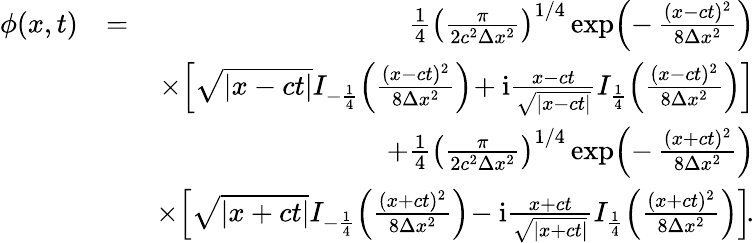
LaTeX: \begin{array}{rlr}{\phi(x,t)}&{=}&{\frac{1}{4}\left(\frac{\pi}{2c^{2}\Delta x^{2}}\right)^{1/4}\exp\! \left(-\, \frac{(x-ct)^{2}}{8\Delta x^{2}}\right)}\\ &{}&{\times\! \left[\sqrt{|x-ct|}I_{-\frac{1}{4}}\! \left(\frac{(x-ct)^{2}}{8\Delta x^{2}}\right)\! +\mathrm{i}\frac{x-ct}{\sqrt{|x-ct|}}I_{\frac{1}{4}}\! \left(\frac{(x-ct)^{2}}{8\Delta x^{2}}\right)\right]}\\ &{}&{+\frac{1}{4}\left(\frac{\pi}{2c^{2}\Delta x^{2}}\right)^{1/4}\exp\! \left(-\, \frac{(x+ct)^{2}}{8\Delta x^{2}}\right)}\\ &{}&{\times\! \left[\sqrt{|x+ct|}I_{-\frac{1}{4}}\! \left(\frac{(x+ct)^{2}}{8\Delta x^{2}}\right)\! -\mathrm{i}\frac{x+ct}{\sqrt{|x+ct|}}I_{\frac{1}{4}}\! \left(\frac{(x+ct)^{2}}{8\Delta x^{2}}\right)\right]\! .}\end{array}